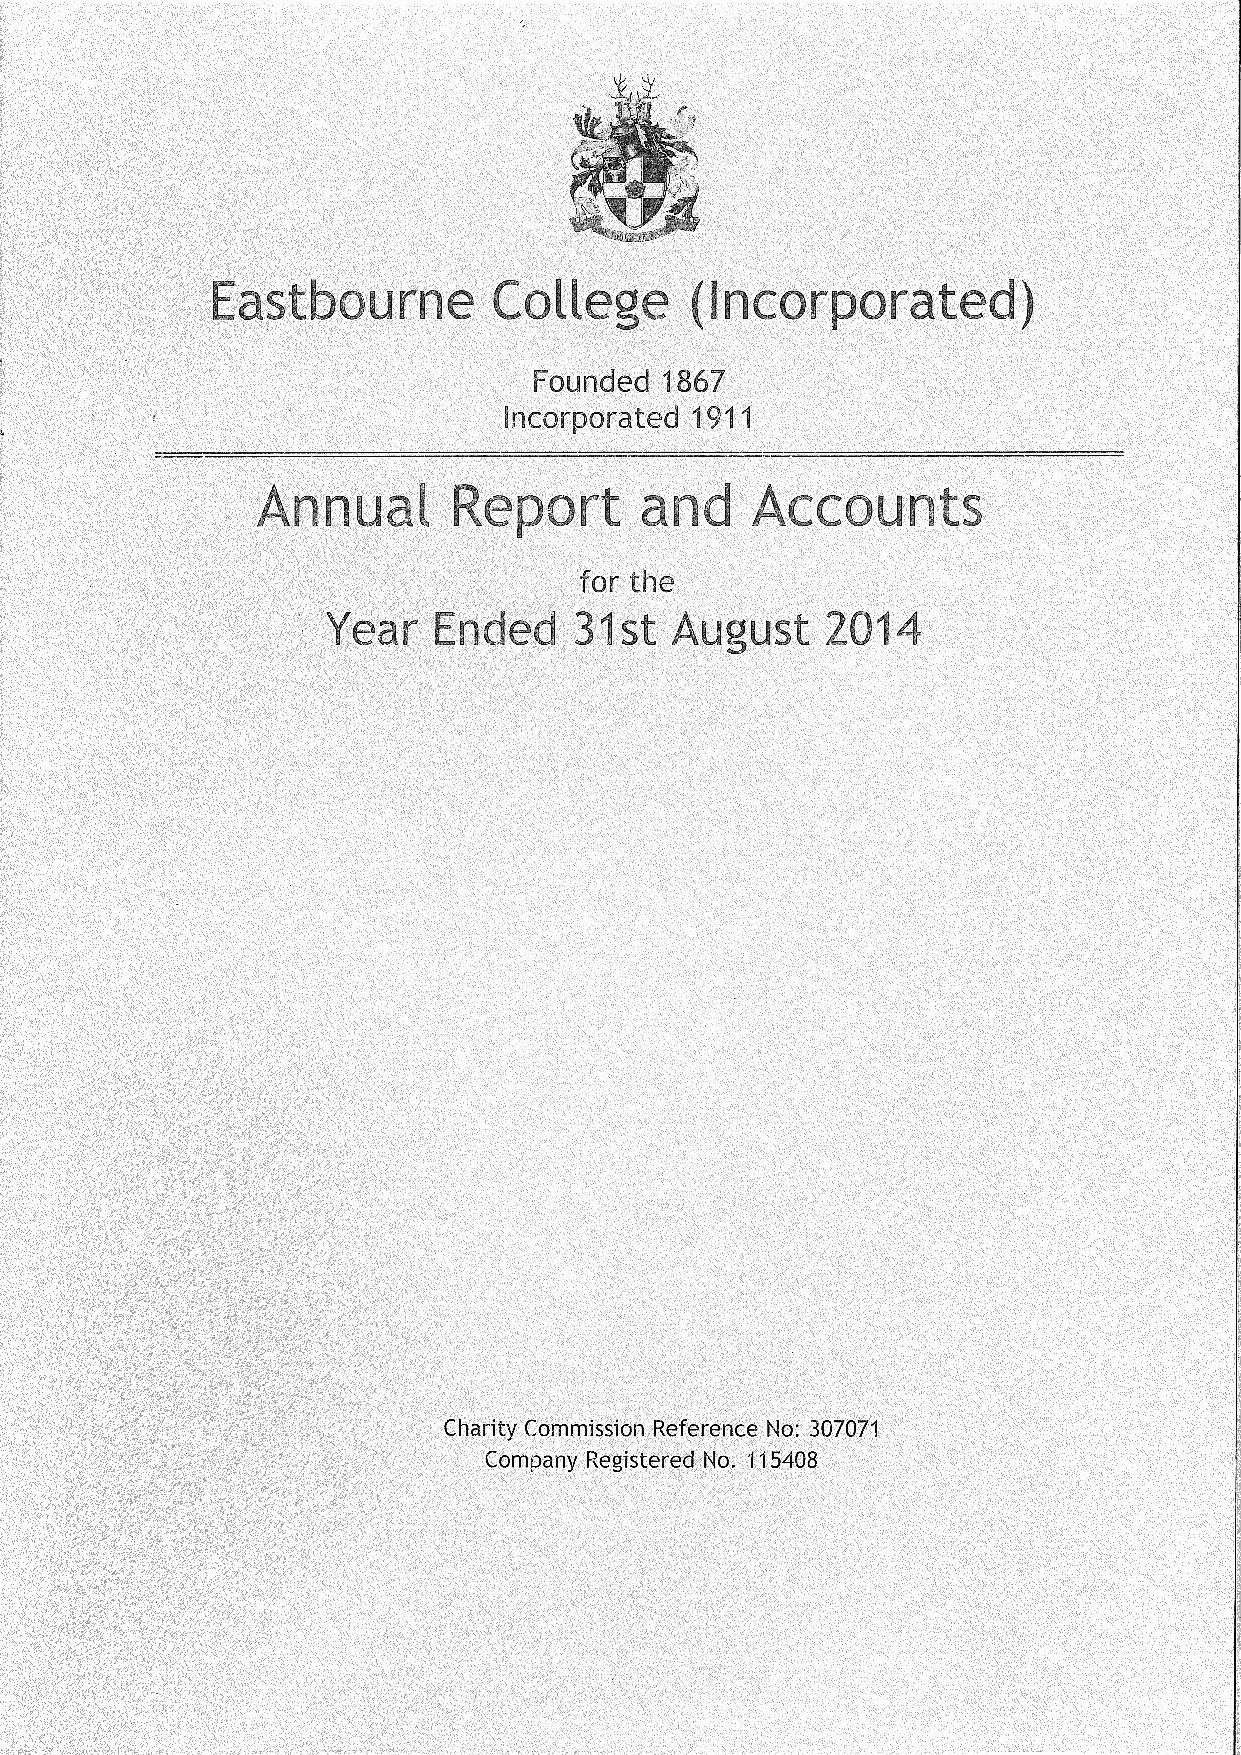
Eastbourne         College      (Incorporated)
 Annual       Report      and     Accounts
 Year   Ended    31st  August     2014
 Charity Commission Reference No: 307071
 Company Registered No, 115408